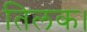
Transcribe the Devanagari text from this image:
तिलक।